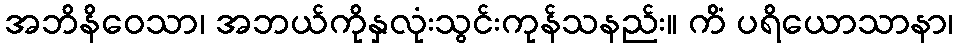
အဘိနိဝေသာ၊ အဘယ်ကိုနှလုံးသွင်းကုန်သနည်း။ ကိံ ပရိယောသာနာ၊